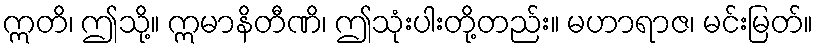
ဣတိ၊ ဤသို့။ ဣမာနိတီဏိ၊ ဤသုံးပါးတို့တည်း။ မဟာရာဇ၊ မင်းမြတ်။